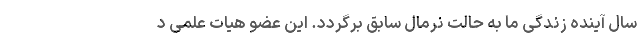
سال آینده زندگی ما به حالت نرمال سابق برگردد. این عضو هیات علمی د